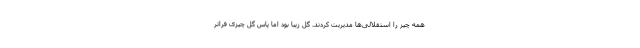
همه چیز را استقلالی‌ها مدیریت کردند. گل زیبا بود اما پاس گل چیزی فراتر